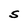
Character: S